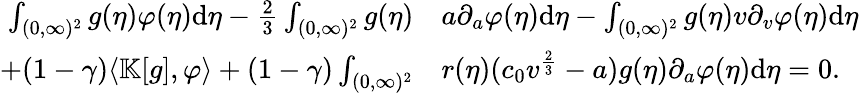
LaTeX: \begin{array}{rl}{\int_{(0,\infty)^{2}}g(\eta)\varphi(\eta)\textup{d}\eta-\frac{2}{3}\int_{(0,\infty)^{2}}g(\eta)}&{a\partial_{a}\varphi(\eta)\textup{d}\eta-\int_{(0,\infty)^{2}}g(\eta)v\partial_{v}\varphi(\eta)\textup{d}\eta}\\ {+(1-\gamma)\langle\mathbb{K}[g],\varphi\rangle+(1-\gamma)\int_{(0,\infty)^{2}}}&{r(\eta)(c_{0}v^{\frac{2}{3}}-a)g(\eta)\partial_{a}\varphi(\eta)\textup{d}\eta=0.}\end{array}